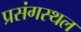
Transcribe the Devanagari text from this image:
प्रसंगस्थल